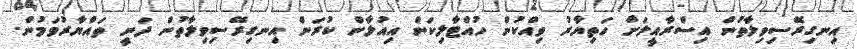
އިނގިރޭސިވިލާތުން އިސްރާއީލަށް ހަތިޔާރު ވިއްކުން ހުއްޓާލިކަން އިއުލާން ކުރަން އިނގިރޭސިވިލާތުން ދަނީ ތައްޔާރުވަމުން.